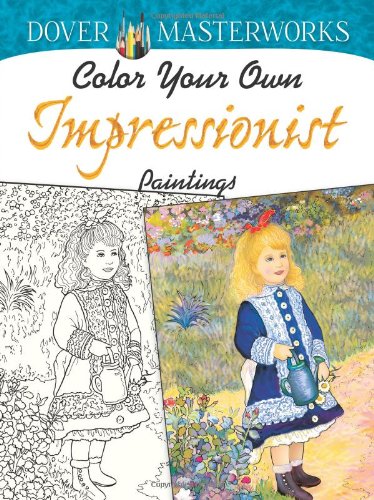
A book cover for Dover Masterworks: Color Your Own Impressionist Paintings; Marty Noble; Crafts, Hobbies & Home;